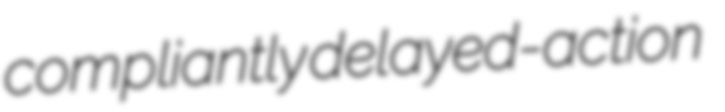
compliantly delayed-action